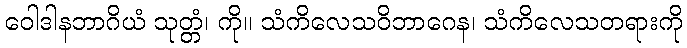
ဝေါဒါနဘာဂိယံ သုတ္တံ၊ ကို။ သံကိလေသဝိဘာဂေန၊ သံကိလေသတရားကို